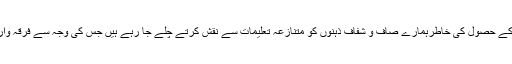
ہمارے مسیحا و اساتذہ دنیاوی فوائد کے حصول کی خاطرہمارے صاف و شفاف ذہنوں کو متنازعہ تعلیمات سے نقش کرتے چلے جا رہے ہیں جس کی وجہ سے فرقہ واریت اور جنگ و جدل عروج پر ہے۔